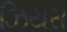
ઝિયસ